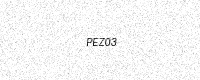
Text: PEZ03